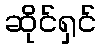
ဆိုင်ရှင်